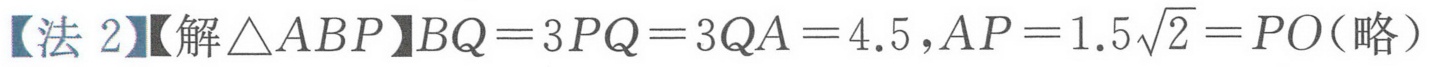
【法 2】【解\(\triangle ABP\)】\(BQ = 3PQ = 3QA = 4.5\),\(AP = 1.5\sqrt{2}=PO\)(略）